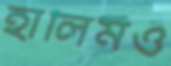
হালিমও